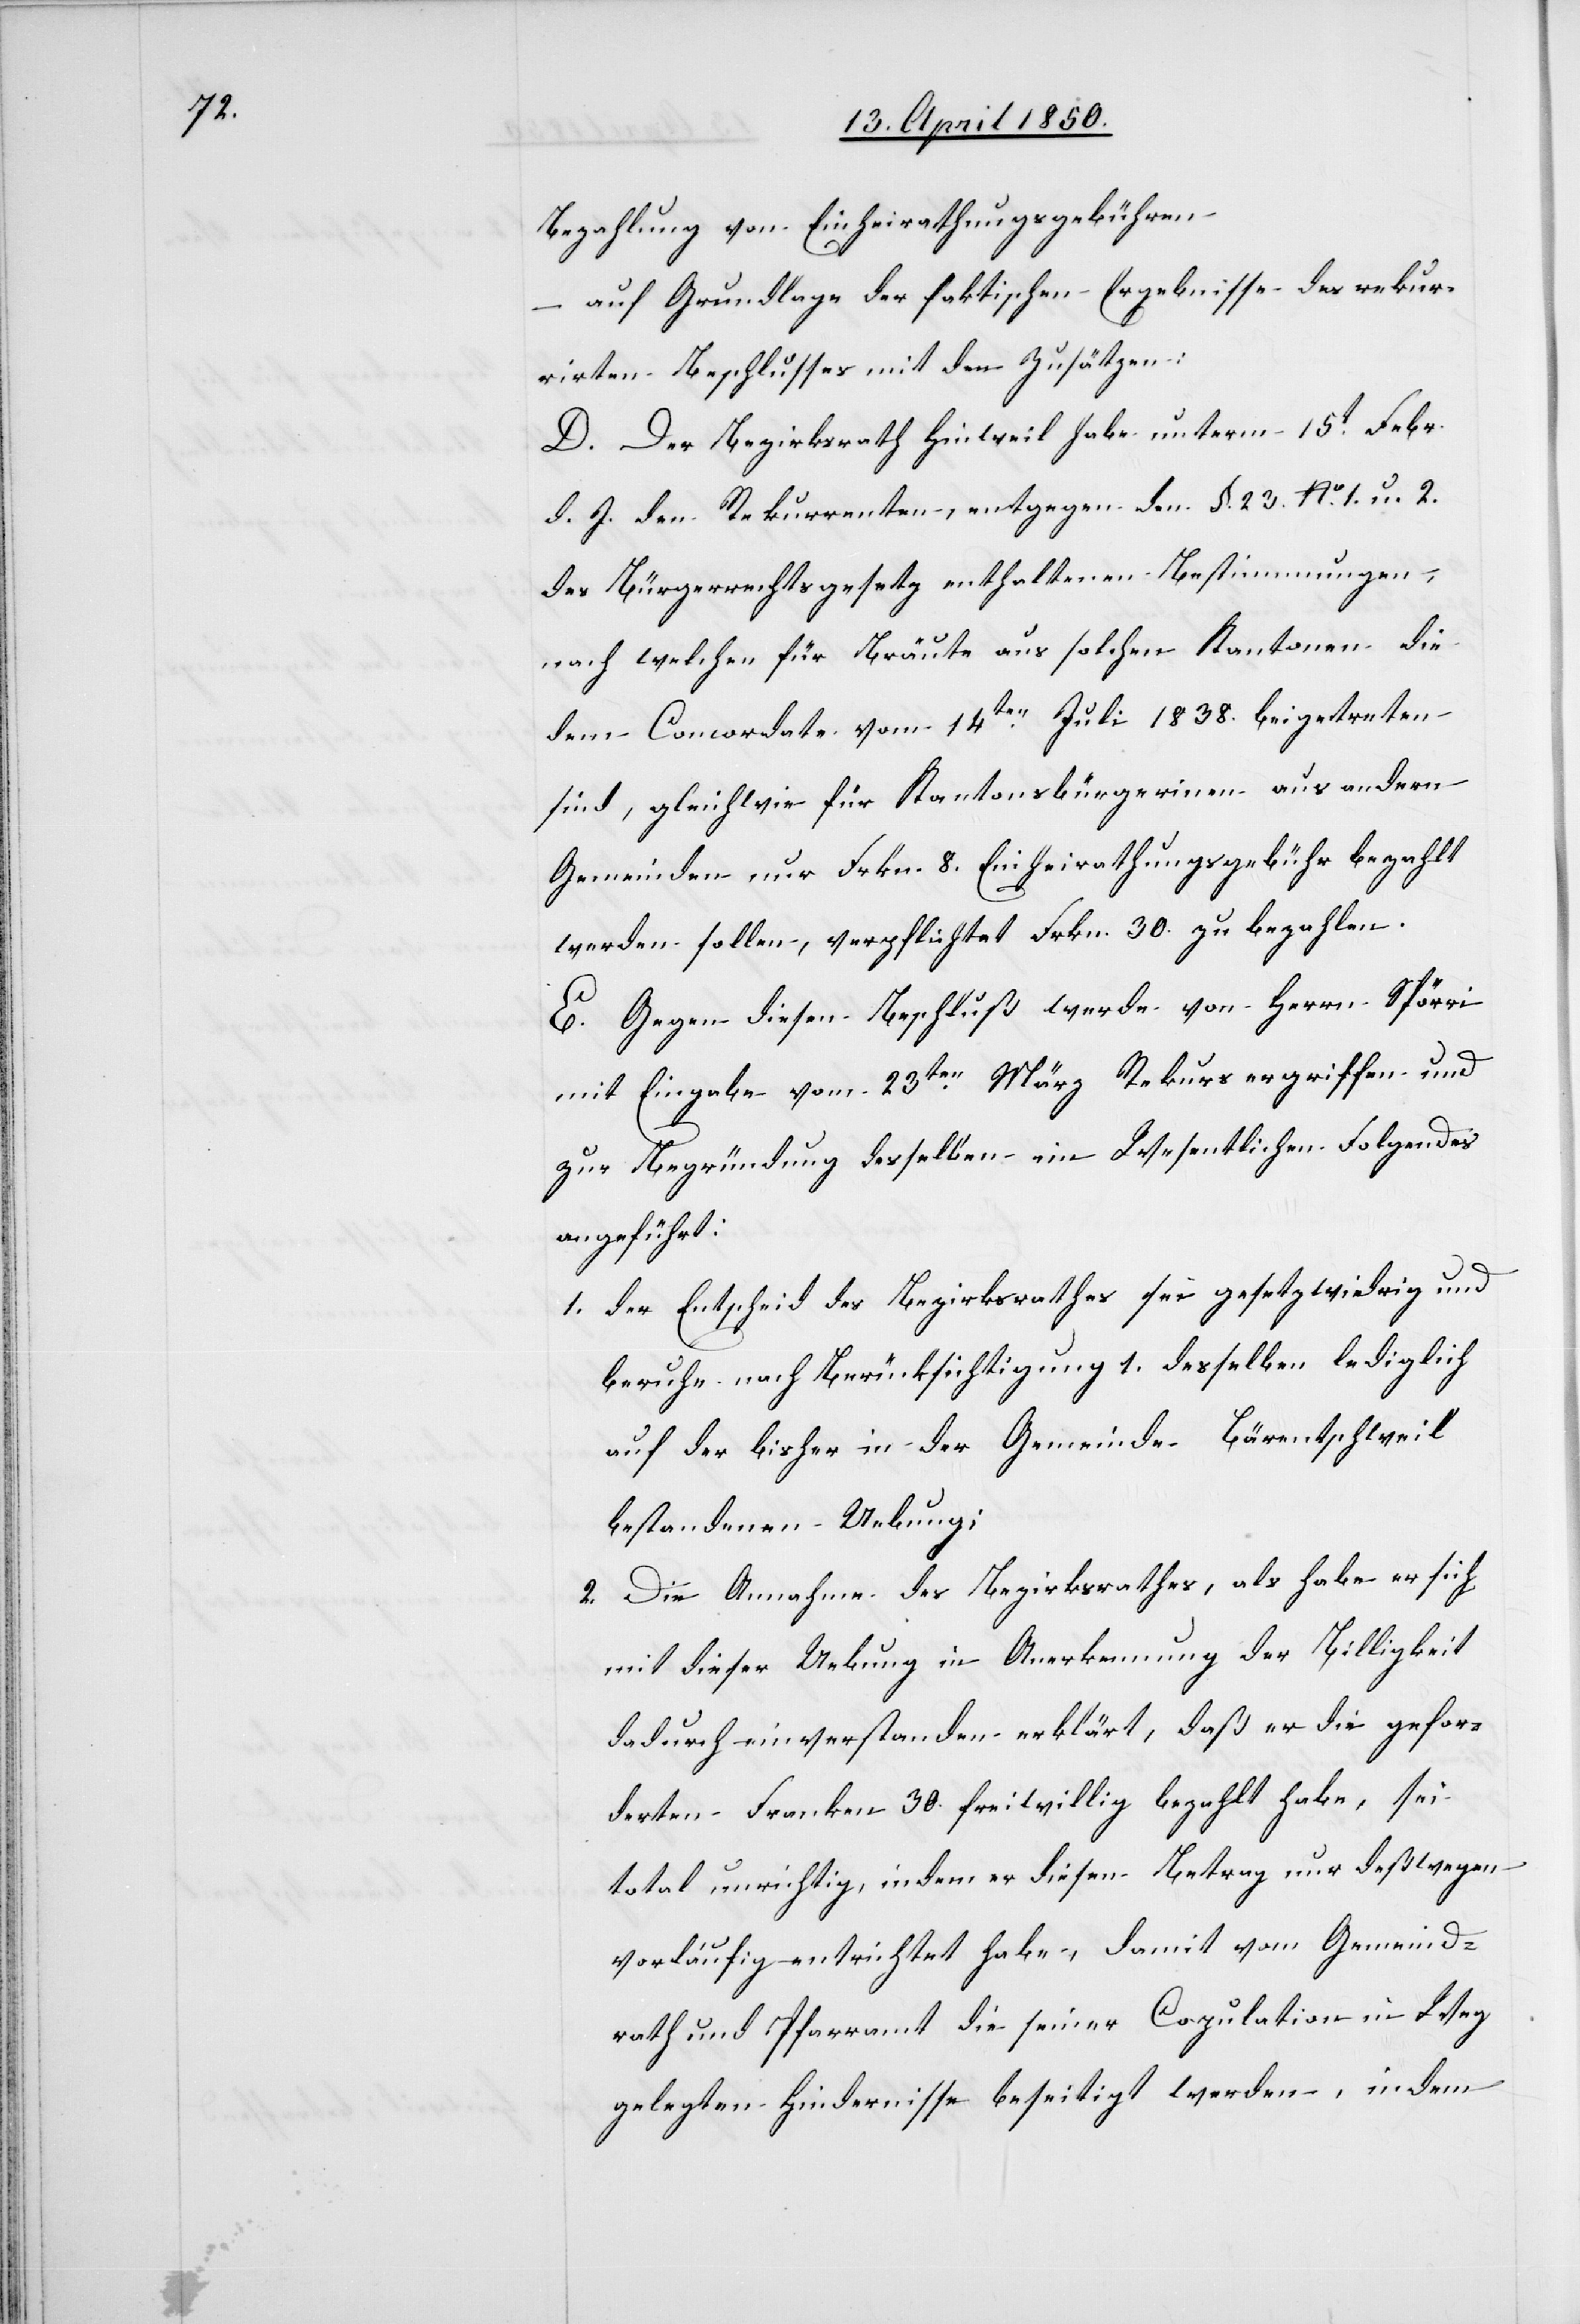
Bezahlung von Einheirathungsgebühren
– auf Grundlage der faktischen Ergebnisse des rekur¬
rirten Beschlusses mit den Zusätzen:
D. Der Bezirksrath Hinweil habe unterm 15t Febr.
d. J. den Rekurrenten, entgegen den [in] §. 23. No. 1. u. 2.
des Bürgerrechtsgesetz enthaltenen Bestimmungen,
nach welchen für Bräute aus solchen Kantonen die
dem Concordate vom 14ten Juli 1838. beigetreten
sind, gleichwie für Kantonsbürgerinen aus andern
Gemeinden nur Frkn. 8. Einheirathungsgebühr bezahlt
werden sollen, verpflichtet Frkn. 30. zu bezahlen.
E. Gegen diesen Beschluß werde von Herrn Spörri
mit Eingabe vom 23ten März Rekurs ergriffen und
zur Begründung desselben im Wesentlichen Folgendes
angeführt:
1. der Entscheid des Bezirksrathes sei gesetzwidrig und
beruhe nach Berücksichtung 1. desselben lediglich
auf der bisher in der Gemeinde Bärentschweil
bestandenen Uebung;
2. Die Annahme des Bezirksrathes, als habe er sich
mit dieser Uebung in Anerkennung der Billigkeit
dadurch einverstanden erklärt, daß er die gefor¬
derten Franken 30. freiwillig bezahlt habe, sei
total unrichtig, indem er diesen Betrag nur deßwegen
vorläufig entrichtet habe, damit vom Gemeind¬
rath und Pfarramt die seiner Copulation in Weg
gelegten Hindernisse beseitigt werden, indem